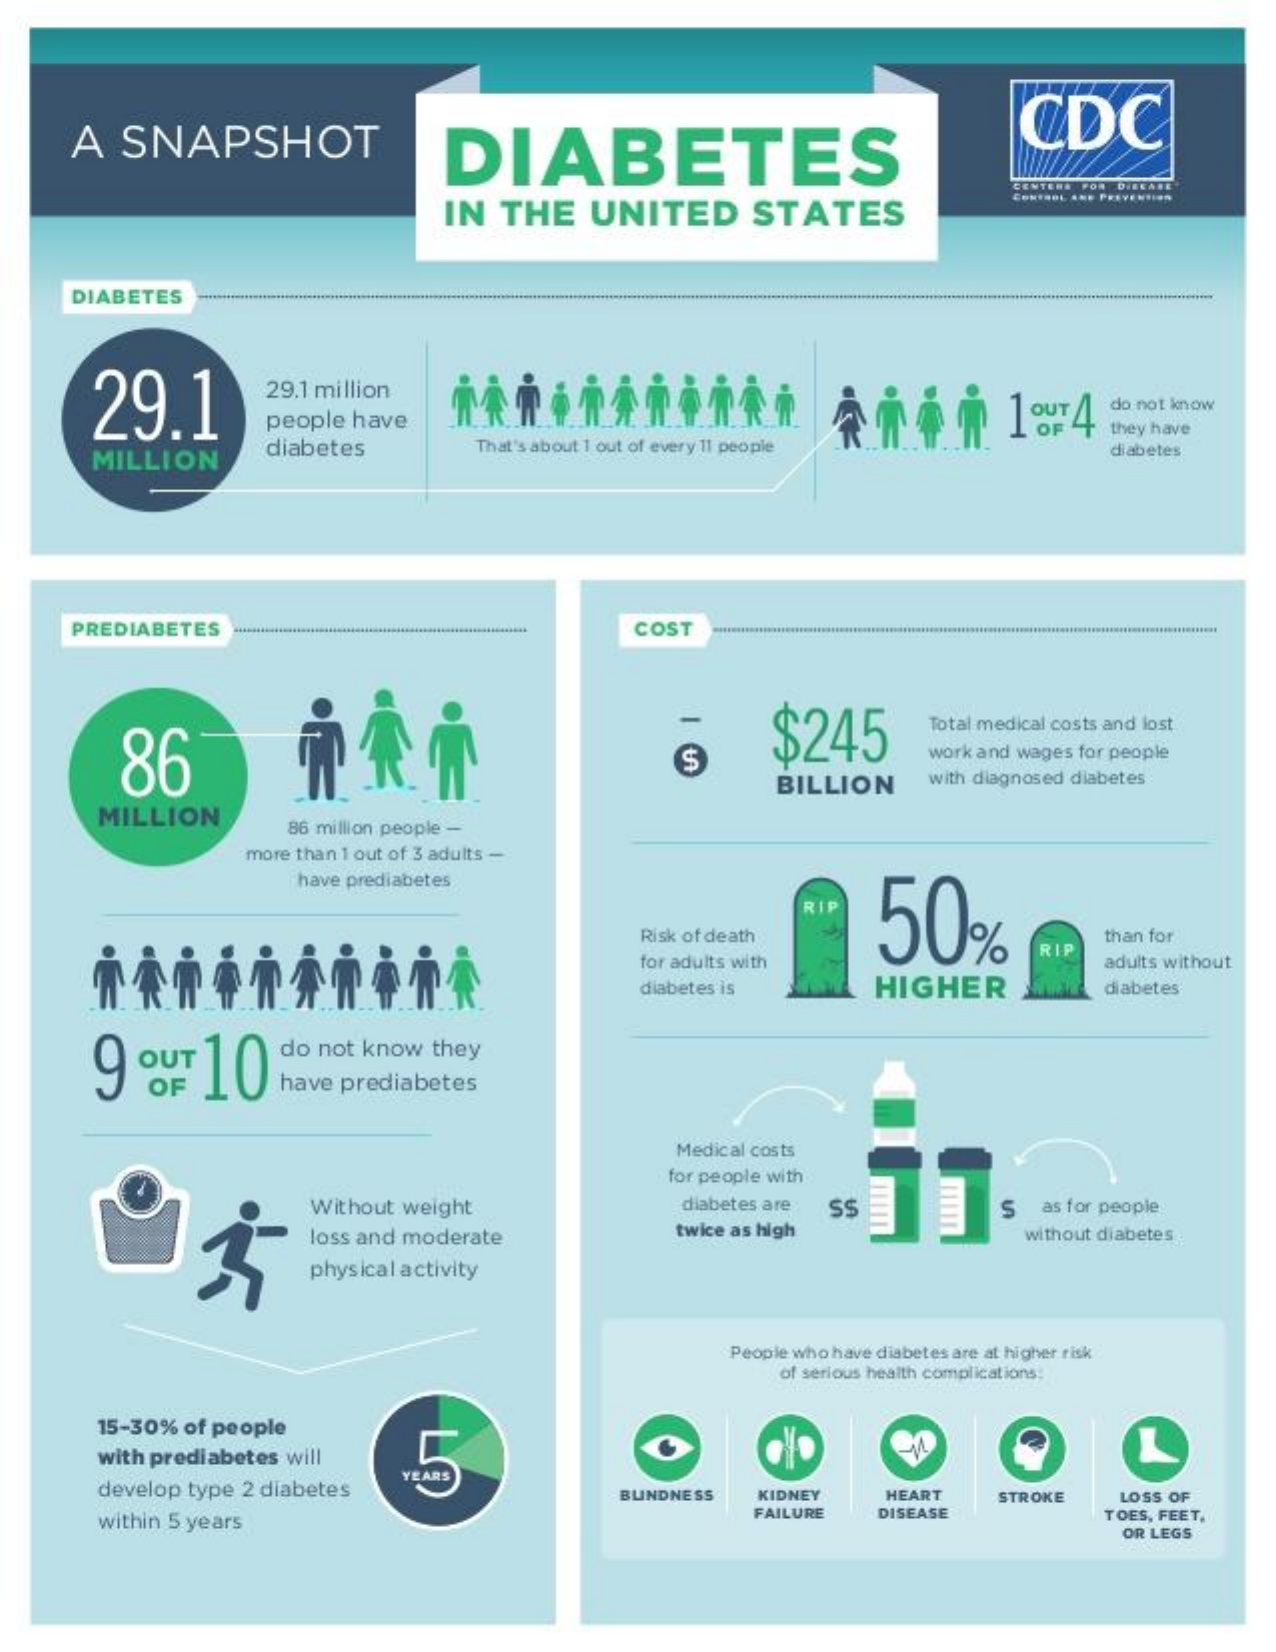
A   SNAPSHOT    DIABETES
     CDC
     CENTERS FOR DISEASE
     IN    THE    UNITED    STATES
     DIABETES
     29.1
     29.1 million
     Àň4#    1.4 people have
     do not know
     they have
     MILLION    diabetes    That's about 1 out of every 11 people    diabetes
     PREDIABETES    .···················..............-----***** COST
     86    $245    Total medical costs and lost
     $    work and wages for people
     BILLION    with diagnosed diabetes
     MILLION
     86 million people -
     more than 1 out of 3 adults -
     have prediabetes
     50%
     RIP
     Risk of death
     RIF
     than for
     for adults with    adults without
     diabetes is    HIGHER    diabetes
     9   av    10
     do not know   they
     have prediabetes
     Medical costs
     for people with
     Without weight    diabetes are  SS
     twice as high
     S   as for people
     loss and moderate    without diabetes
     physical activity
     People who have diabetes are at higher risk
     of serious health complications;
     15-30%  of people
     with prediabetes will    L
     develop type 2 diabetes    BLINDNESS    KIDNEY    HEART    STROKE    LOSS OF
     within 5 years
     FAILURE    DISEASE    TOES, FEET.
     OR LEGS